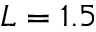
L = 1 . 5